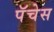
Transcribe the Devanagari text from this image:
पॅचेस